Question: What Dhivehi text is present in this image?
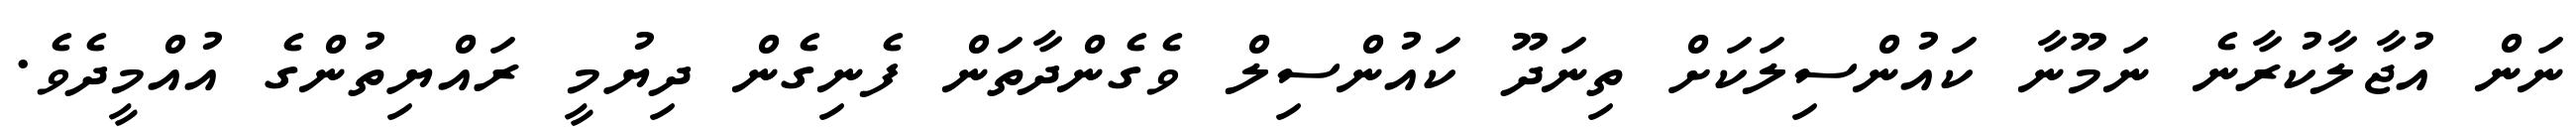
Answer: ނަން އުޖާލާކުރާނެ ނަމޫނާ ކައުންސިލަކަށް ތިނަދޫ ކައުންސިލް ވެގެންދާތަން ފެނިގެން ދިޔުމީ ރައްޔިތުންގެ އުއްމީދެވެ.